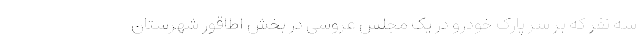
سه نفر که بر سر پارک خودرو در یک مجلس عروسی در بخش اطاقور شهرستان